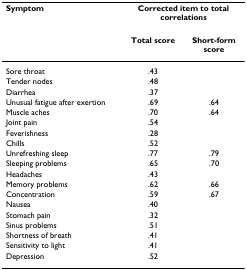
<table><thead><tr><td><b>Symptom</b></td><td colspan="2"><b>Corrected item to total correlations</b></td></tr><tr><td></td><td><b>Total score</b></td><td><b>Short-form score</b></td></tr></thead><tbody><tr><td>Sore throat</td><td>.43</td><td></td></tr><tr><td>Tender nodes</td><td>.48</td><td></td></tr><tr><td>Diarrhea</td><td>.37</td><td></td></tr><tr><td>Unusual fatigue after exertion</td><td>.69</td><td>.64</td></tr><tr><td>Muscle aches</td><td>.70</td><td>.64</td></tr><tr><td>Joint pain</td><td>.54</td><td></td></tr><tr><td>Feverishness</td><td>.28</td><td></td></tr><tr><td>Chills</td><td>.52</td><td></td></tr><tr><td>Unrefreshing sleep</td><td>.77</td><td>.79</td></tr><tr><td>Sleeping problems</td><td>.65</td><td>.70</td></tr><tr><td>Headaches</td><td>.43</td><td></td></tr><tr><td>Memory problems</td><td>.62</td><td>.66</td></tr><tr><td>Concentration</td><td>.59</td><td>.67</td></tr><tr><td>Nausea</td><td>.40</td><td></td></tr><tr><td>Stomach pain</td><td>.32</td><td></td></tr><tr><td>Sinus problems</td><td>.51</td><td></td></tr><tr><td>Shortness of breath</td><td>.41</td><td></td></tr><tr><td>Sensitivity to light</td><td>.41</td><td></td></tr><tr><td>Depression</td><td>.52</td><td></td></tr></tbody></table>